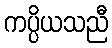
ကပ္ပိယသညီ